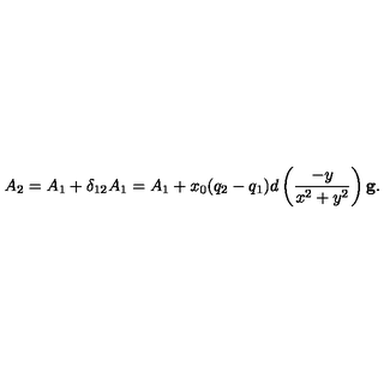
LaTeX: A _ { 2 } = A _ { 1 } + \delta _ { 1 2 } A _ { 1 } = A _ { 1 } + x _ { 0 } ( q _ { 2 } - q _ { 1 } ) d \left( \frac { - y } { x ^ { 2 } + y ^ { 2 } } \right) \mathbf { g } .